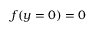
f ( y = 0 ) = 0